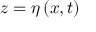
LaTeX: z = \eta \left( x , t \right)